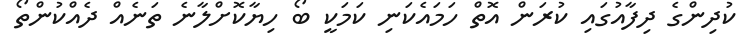
ކުދިންގެ ދިފާއުގައި ކުރަން އޮތް ހަމައެކަނި ކަމަކީ ބޯ ހިޔާކޮށްލާނެ ތަނެއް ދެއްކުންތޯ